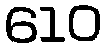
610